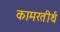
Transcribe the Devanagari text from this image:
कामरतीर्थ